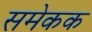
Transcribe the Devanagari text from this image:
समेकक